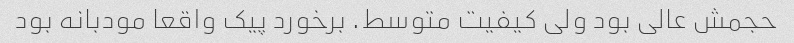
حجمش عالی بود ولی کیفیت متوسط. برخورد پیک واقعا مودبانه بود